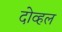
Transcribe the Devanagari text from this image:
दोव्हल